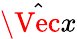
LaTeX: \hat{\Vec{x}}